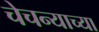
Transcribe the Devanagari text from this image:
चेचन्याच्या